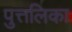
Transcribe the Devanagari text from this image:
पुत्तलिका